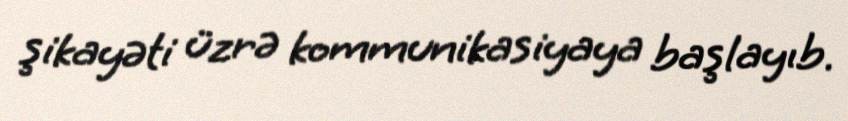
şikayəti üzrə kommunikasiyaya başlayıb.